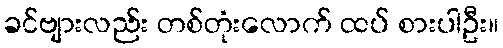
ခင်ဗျားလည်း တစ်တုံးလောက် ထပ် စားပါဦး။